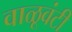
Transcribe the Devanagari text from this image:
वाळूवंटी